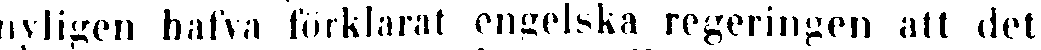
nyligen halva förklarat engelska regeringen att det